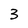
Character: 3